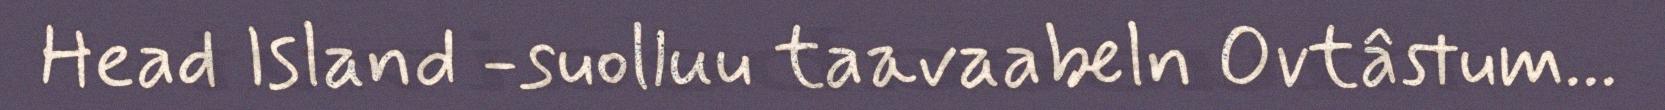
Head Island -suolluu taavaabeln Ovtâstum...